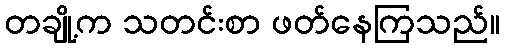
တချို့က သတင်းစာ ဖတ်နေကြသည်။